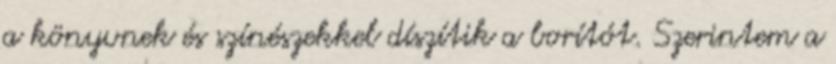
a könyvnek és színészekkel díszítik a borítót. Szerintem a